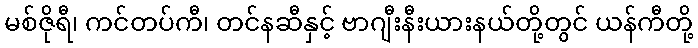
မစ်ဇိုရီ၊ ကင်တပ်ကီ၊ တင်နဆီနှင့် ဗာဂျီးနီးယားနယ်တို့တွင် ယန်ကီတို့